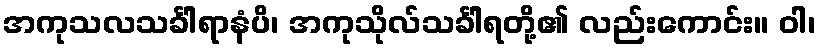
အကုသလသင်္ခါရာနံပိ၊ အကုသိုလ်သင်္ခါရတို့၏ လည်းကောင်း။ ဝါ၊